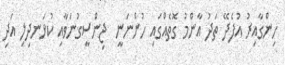
ހިންގާއިރު އުފެދޭ ތަދު އާންމު ގޮތެއްގައި ހުންނަނީ  ޖިންސީގުނަވާއި ކުޅަނދިލި އަދި